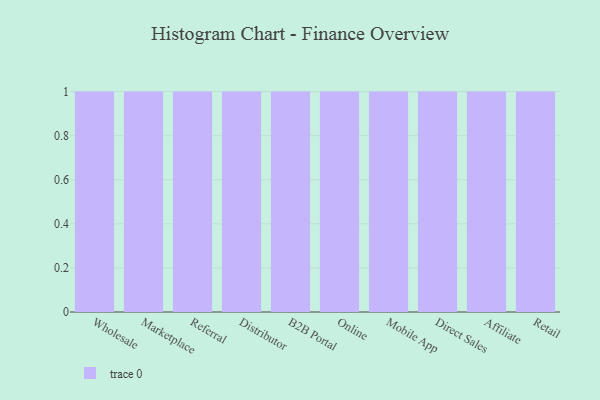
{"axis": {"x": "Channel", "y": "Budget (USD K)"}, "legend": [""], "data": [{"x": "Wholesale", "y": 84, "type": ""}, {"x": "Marketplace", "y": 30, "type": ""}, {"x": "Referral", "y": 11, "type": ""}, {"x": "Distributor", "y": 87, "type": ""}, {"x": "B2B Portal", "y": 88, "type": ""}, {"x": "Online", "y": 40, "type": ""}, {"x": "Mobile App", "y": 24, "type": ""}, {"x": "Direct Sales", "y": 86, "type": ""}, {"x": "Affiliate", "y": 17, "type": ""}, {"x": "Retail", "y": 35, "type": ""}]}